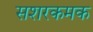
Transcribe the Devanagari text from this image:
सशरकमक